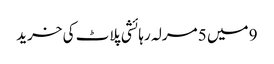
9 میں 5 مرلہ رہائشی پلاٹ کی خرید